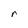
Character: r